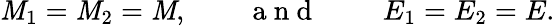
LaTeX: \mathit{M}_{1}=\mathit{M}_{2}=\mathit{M},\qquad\mathrm{{~a~n~d~\qquad~}}E_{1}=E_{2}=E.